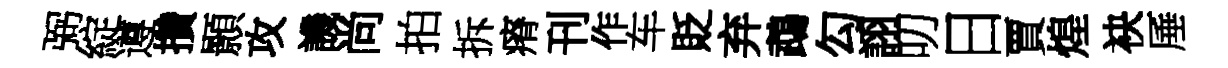
弼綻遵攢顥攻譏尚拍拆瘠刊作车貶弃鵡勾詡叨日賈煌袂厜